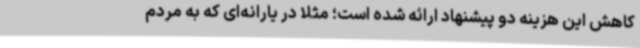
کاهش این هزینه دو پیشنهاد ارائه شده است؛ مثلا در یارانه‌ای که به مردم